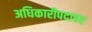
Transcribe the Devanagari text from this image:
अधिकारीपदावर